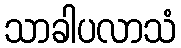
သာခါပလာသံ